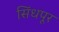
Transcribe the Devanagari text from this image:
सिंधपूर